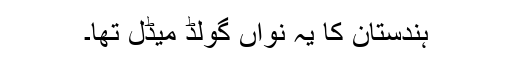
ہندستان کا یہ نواں گولڈ میڈل تھا۔